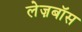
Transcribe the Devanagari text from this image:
लेज़बॉस